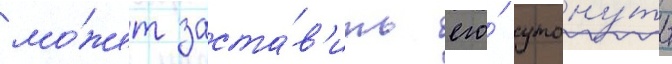
мо́жет заста́в'ить его́ утону́ть